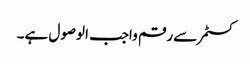
کسٹمر سے رقم واجب الوصول ہے۔